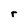
Character: r